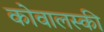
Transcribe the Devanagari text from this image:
कोवालस्की